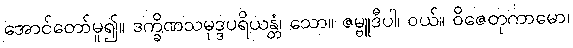
အောင်တော်မူ၍။ ဒက္ခိဏသမုဒ္ဒပရိယန္တံ၊ သော။ ဇမ္ဗူဒီပါ၊ ဝယ်။ ဝိဇေတုကာမော၊